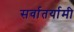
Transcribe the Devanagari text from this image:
सर्वातर्यामी